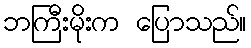
ဘကြီးမိုးက ပြောသည်။